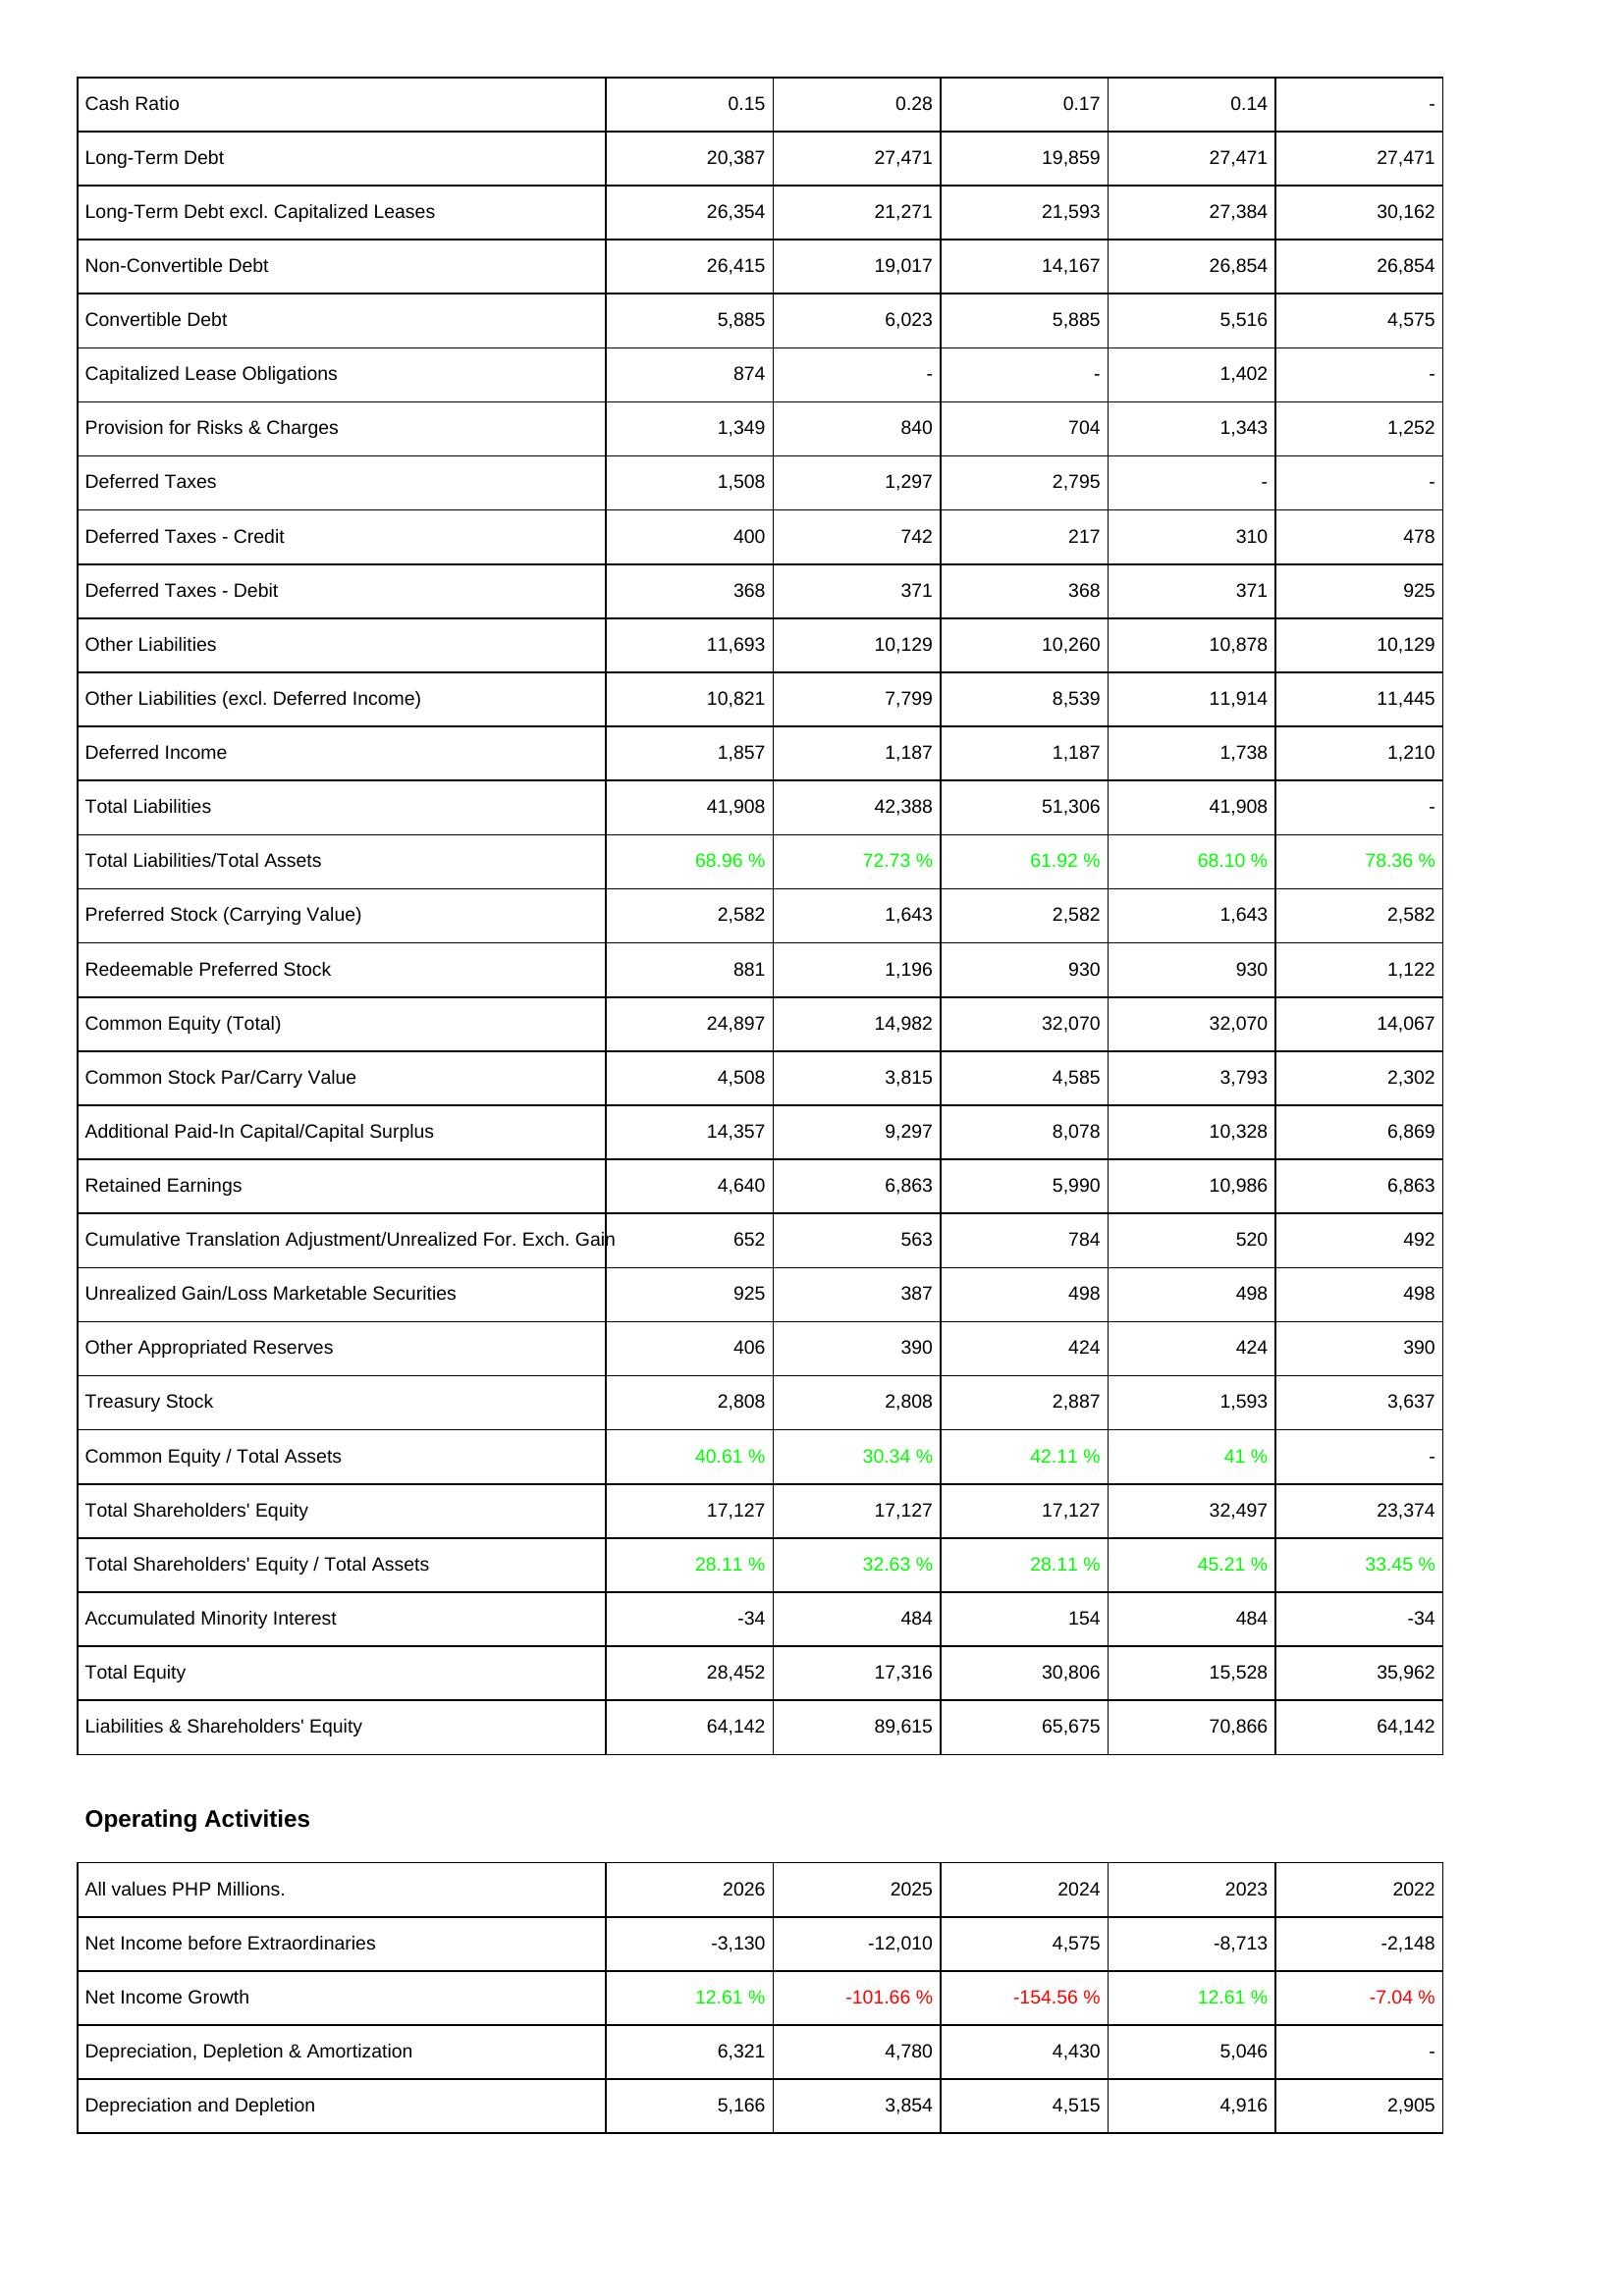
2026: Liabilities & Shareholders' Equity: Cash Ratio: 0.15
Long-Term Debt: 20,387
Long-Term Debt excl. Capitalized Leases: 26,354
Non-Convertible Debt: 26,415
Convertible Debt: 5,885
Capitalized Lease Obligations: 874
Provision for Risks & Charges: 1,349
Deferred Taxes: 1,508
Deferred Taxes - Credit: 400
Deferred Taxes - Debit: 368
Other Liabilities: 11,693
Other Liabilities (excl. Deferred Income): 10,821
Deferred Income: 1,857
Total Liabilities: 41,908
Total Liabilities/Total Assets: 68.96 %
Preferred Stock (Carrying Value): 2,582
Redeemable Preferred Stock: 881
Common Equity (Total): 24,897
Common Stock Par/Carry Value: 4,508
Additional Paid-In Capital/Capital Surplus: 14,357
Retained Earnings: 4,640
Cumulative Translation Adjustment/Unrealized For. Exch. Gain: 652
Unrealized Gain/Loss Marketable Securities: 925
Other Appropriated Reserves: 406
Treasury Stock: 2,808
Common Equity / Total Assets: 40.61 %
Total Shareholders' Equity: 17,127
Total Shareholders' Equity / Total Assets: 28.11 %
Accumulated Minority Interest: -34
Total Equity: 28,452
Liabilities & Shareholders' Equity: 64,142
Operating Activities: Net Income before Extraordinaries: -3,130
Net Income Growth: 12.61 %
Depreciation, Depletion & Amortization: 6,321
Depreciation and Depletion: 5,166
2025: Liabilities & Shareholders' Equity: Cash Ratio: 0.28
Long-Term Debt: 27,471
Long-Term Debt excl. Capitalized Leases: 21,271
Non-Convertible Debt: 19,017
Convertible Debt: 6,023
Capitalized Lease Obligations: -
Provision for Risks & Charges: 840
Deferred Taxes: 1,297
Deferred Taxes - Credit: 742
Deferred Taxes - Debit: 371
Other Liabilities: 10,129
Other Liabilities (excl. Deferred Income): 7,799
Deferred Income: 1,187
Total Liabilities: 42,388
Total Liabilities/Total Assets: 72.73 %
Preferred Stock (Carrying Value): 1,643
Redeemable Preferred Stock: 1,196
Common Equity (Total): 14,982
Common Stock Par/Carry Value: 3,815
Additional Paid-In Capital/Capital Surplus: 9,297
Retained Earnings: 6,863
Cumulative Translation Adjustment/Unrealized For. Exch. Gain: 563
Unrealized Gain/Loss Marketable Securities: 387
Other Appropriated Reserves: 390
Treasury Stock: 2,808
Common Equity / Total Assets: 30.34 %
Total Shareholders' Equity: 17,127
Total Shareholders' Equity / Total Assets: 32.63 %
Accumulated Minority Interest: 484
Total Equity: 17,316
Liabilities & Shareholders' Equity: 89,615
Operating Activities: Net Income before Extraordinaries: -12,010
Net Income Growth: -101.66 %
Depreciation, Depletion & Amortization: 4,780
Depreciation and Depletion: 3,854
2024: Liabilities & Shareholders' Equity: Cash Ratio: 0.17
Long-Term Debt: 19,859
Long-Term Debt excl. Capitalized Leases: 21,593
Non-Convertible Debt: 14,167
Convertible Debt: 5,885
Capitalized Lease Obligations: -
Provision for Risks & Charges: 704
Deferred Taxes: 2,795
Deferred Taxes - Credit: 217
Deferred Taxes - Debit: 368
Other Liabilities: 10,260
Other Liabilities (excl. Deferred Income): 8,539
Deferred Income: 1,187
Total Liabilities: 51,306
Total Liabilities/Total Assets: 61.92 %
Preferred Stock (Carrying Value): 2,582
Redeemable Preferred Stock: 930
Common Equity (Total): 32,070
Common Stock Par/Carry Value: 4,585
Additional Paid-In Capital/Capital Surplus: 8,078
Retained Earnings: 5,990
Cumulative Translation Adjustment/Unrealized For. Exch. Gain: 784
Unrealized Gain/Loss Marketable Securities: 498
Other Appropriated Reserves: 424
Treasury Stock: 2,887
Common Equity / Total Assets: 42.11 %
Total Shareholders' Equity: 17,127
Total Shareholders' Equity / Total Assets: 28.11 %
Accumulated Minority Interest: 154
Total Equity: 30,806
Liabilities & Shareholders' Equity: 65,675
Operating Activities: Net Income before Extraordinaries: 4,575
Net Income Growth: -154.56 %
Depreciation, Depletion & Amortization: 4,430
Depreciation and Depletion: 4,515
2023: Liabilities & Shareholders' Equity: Cash Ratio: 0.14
Long-Term Debt: 27,471
Long-Term Debt excl. Capitalized Leases: 27,384
Non-Convertible Debt: 26,854
Convertible Debt: 5,516
Capitalized Lease Obligations: 1,402
Provision for Risks & Charges: 1,343
Deferred Taxes: -
Deferred Taxes - Credit: 310
Deferred Taxes - Debit: 371
Other Liabilities: 10,878
Other Liabilities (excl. Deferred Income): 11,914
Deferred Income: 1,738
Total Liabilities: 41,908
Total Liabilities/Total Assets: 68.10 %
Preferred Stock (Carrying Value): 1,643
Redeemable Preferred Stock: 930
Common Equity (Total): 32,070
Common Stock Par/Carry Value: 3,793
Additional Paid-In Capital/Capital Surplus: 10,328
Retained Earnings: 10,986
Cumulative Translation Adjustment/Unrealized For. Exch. Gain: 520
Unrealized Gain/Loss Marketable Securities: 498
Other Appropriated Reserves: 424
Treasury Stock: 1,593
Common Equity / Total Assets: 41 %
Total Shareholders' Equity: 32,497
Total Shareholders' Equity / Total Assets: 45.21 %
Accumulated Minority Interest: 484
Total Equity: 15,528
Liabilities & Shareholders' Equity: 70,866
Operating Activities: Net Income before Extraordinaries: -8,713
Net Income Growth: 12.61 %
Depreciation, Depletion & Amortization: 5,046
Depreciation and Depletion: 4,916
2022: Liabilities & Shareholders' Equity: Cash Ratio: -
Long-Term Debt: 27,471
Long-Term Debt excl. Capitalized Leases: 30,162
Non-Convertible Debt: 26,854
Convertible Debt: 4,575
Capitalized Lease Obligations: -
Provision for Risks & Charges: 1,252
Deferred Taxes: -
Deferred Taxes - Credit: 478
Deferred Taxes - Debit: 925
Other Liabilities: 10,129
Other Liabilities (excl. Deferred Income): 11,445
Deferred Income: 1,210
Total Liabilities: -
Total Liabilities/Total Assets: 78.36 %
Preferred Stock (Carrying Value): 2,582
Redeemable Preferred Stock: 1,122
Common Equity (Total): 14,067
Common Stock Par/Carry Value: 2,302
Additional Paid-In Capital/Capital Surplus: 6,869
Retained Earnings: 6,863
Cumulative Translation Adjustment/Unrealized For. Exch. Gain: 492
Unrealized Gain/Loss Marketable Securities: 498
Other Appropriated Reserves: 390
Treasury Stock: 3,637
Common Equity / Total Assets: -
Total Shareholders' Equity: 23,374
Total Shareholders' Equity / Total Assets: 33.45 %
Accumulated Minority Interest: -34
Total Equity: 35,962
Liabilities & Shareholders' Equity: 64,142
Operating Activities: Net Income before Extraordinaries: -2,148
Net Income Growth: -7.04 %
Depreciation, Depletion & Amortization: -
Depreciation and Depletion: 2,905